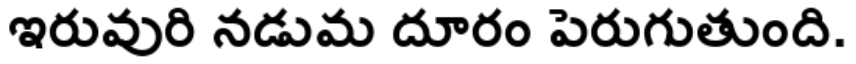
ఇరువురి నడుమ దూరం పెరుగుతుంది.